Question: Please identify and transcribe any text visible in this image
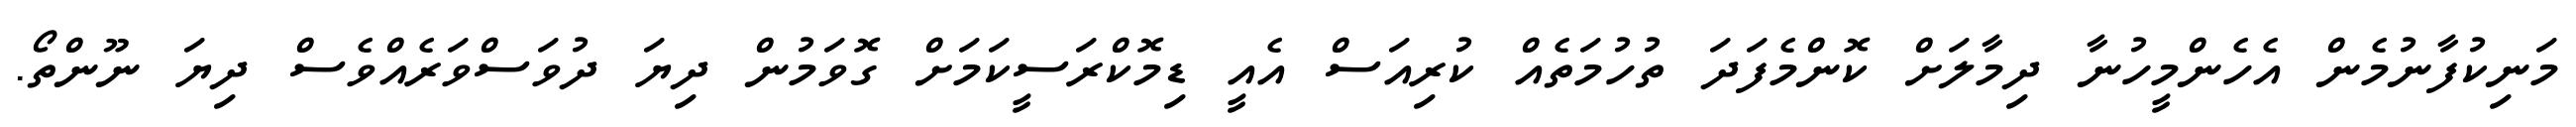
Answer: މަނިކުފާނުމެން އެހެންމީހުނާ ދިމާލަށް ކޮންމެފަދަ ތުހުމަތެއް ކުރިއަސް އެއީ ޑިމޮކްރަސީކަމަށް ގޮވަމުން ދިޔަ ދުވަސްވަރެއްވެސް ދިޔަ ނޫންތޯ.